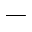
-